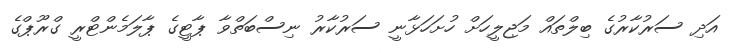
އަދި ސަރުކާރުގެ ބިލްތައް މަޖިލީހަށް ހުށަހަޅާނީ ސަރުކާރު ނިސްބަތްވާ ޕާޓީގެ ޕާލަމެންޓްރީ ގްރޫޕްގެ